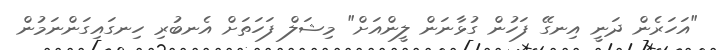
"އަހަރެން ދަނީ އިނގޭ ފަހުން ގުޅާނަން ލީންއަށް" މިޝަލް ފަހަތަށް އެނބުރި ހިނގައިގަންނަމުން